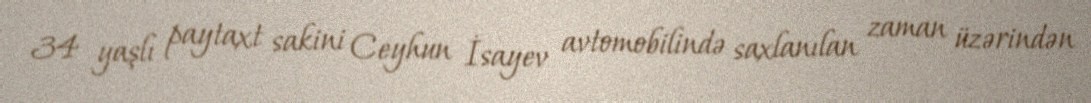
34 yaşlı paytaxt sakini Ceyhun İsayev avtomobilində saxlanılan zaman üzərindən